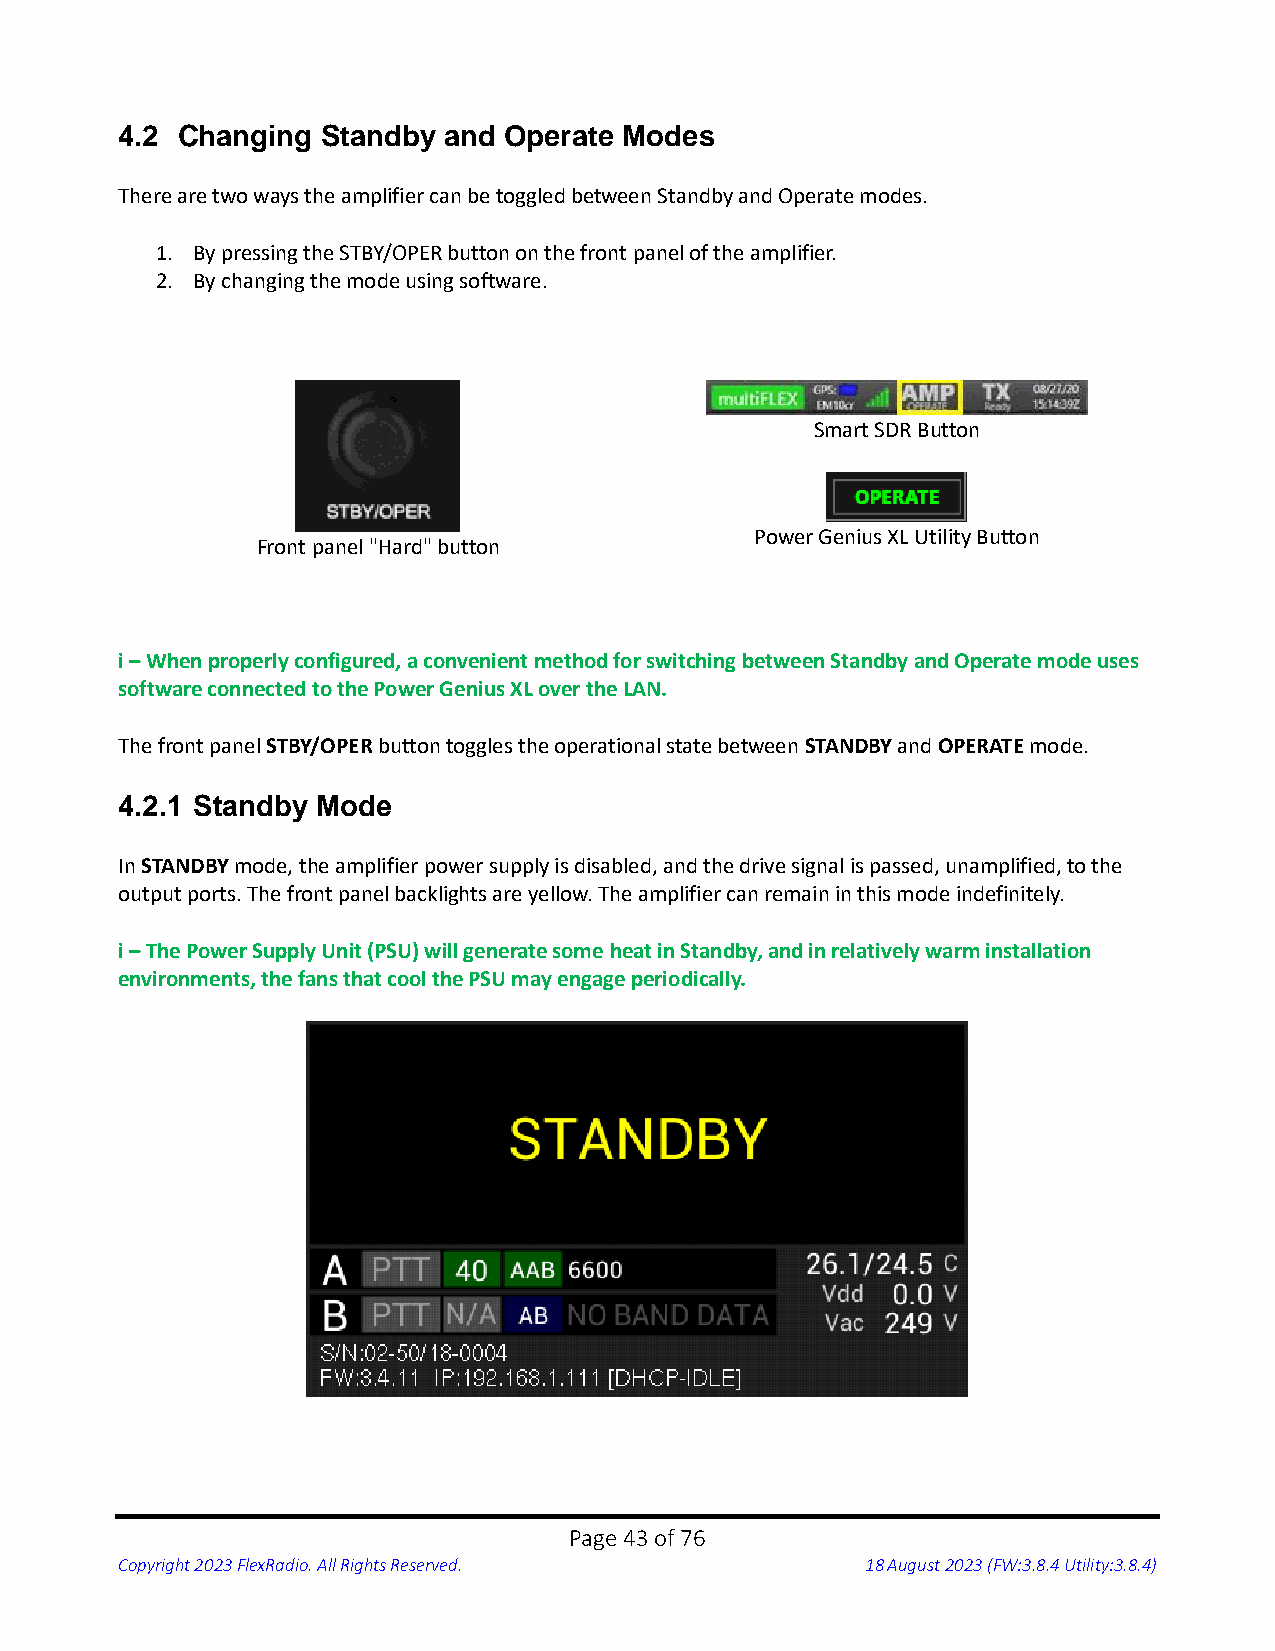
4.2 Changing Standby and Operate Modes
 There are two ways the amplifier can be toggled between Standby and Operate modes.
 1. By pressing the STBY/OPER button on the front panel of the amplifier.
 2. By changing the mode using software.
 Smart SDR Button
 Power Genius XL Utility Button
 Front panel "Hard" button
 i – When properly configured, a convenient method for switching between Standby and Operate mode uses
 software connected to the Power Genius XL over the LAN.
 The front panel STBY/OPER button toggles the operational state between STANDBY and OPERATE mode.
 4.2.1 Standby Mode
 In STANDBY mode, the amplifier power supply is disabled, and the drive signal is passed, unamplified, to the
 output ports. The front panel backlights are yellow. The amplifier can remain in this mode indefinitely.
 i – The Power Supply Unit (PSU) will generate some heat in Standby, and in relatively warm installation
 environments, the fans that cool the PSU may engage periodically.
 Page 43 of 76
 Copyright 2023 FlexRadio. All Rights Reserved.   18 August 2023 (FW:3.8.4 Utility:3.8.4)